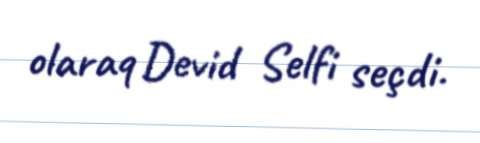
olaraq Devid Selfi seçdi.